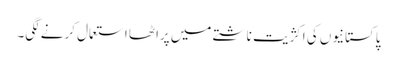
پاکستانیوں کی اکژیت ناشتے میں پراٹھا استعمال کرنے لگی۔